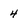
Character: 4